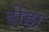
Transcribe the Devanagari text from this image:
होड़ा